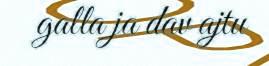
galla ja dav ajtu